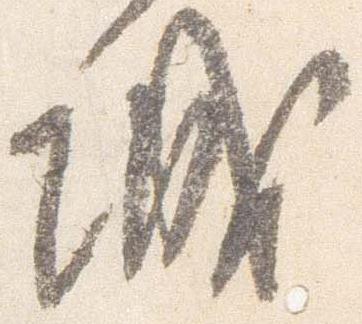
城